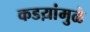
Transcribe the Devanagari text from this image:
कडय़ांमुळे